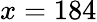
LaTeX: x=184